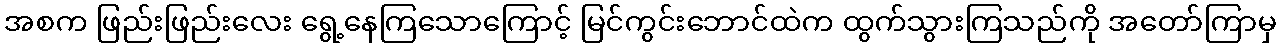
အစက ဖြည်းဖြည်းလေး ရွေ့နေကြသောကြောင့် မြင်ကွင်းဘောင်ထဲက ထွက်သွားကြသည်ကို အတော်ကြာမှ